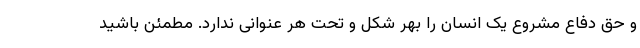
و حق دفاع مشروع یک انسان را بهر شکل و تحت هر عنوانی ندارد. مطمئن باشید